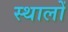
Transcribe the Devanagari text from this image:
स्थालों